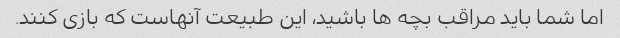
اما شما باید مراقب بچه ها باشید، این طبیعت آنهاست که بازی کنند.